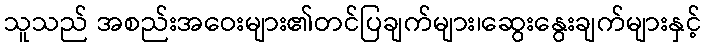
သူသည် အစည်းအဝေးများ၏တင်ပြချက်များ၊ဆွေးနွေးချက်များနှင့်